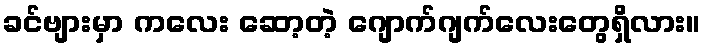
ခင်ဗျားမှာ ကလေး ဆော့တဲ့ ဂျောက်ဂျက်လေးတွေရှိလား။